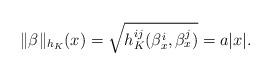
LaTeX: \begin{align*} \|\beta\|_{h_K}(x)=\sqrt{h_K^{ij}(\beta_x^i,\beta_x^j)}=a|x|.\end{align*}